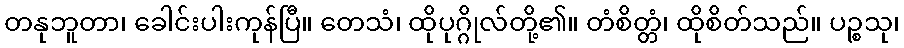
တနုဘူတာ၊ ခေါင်းပါးကုန်ပြီ။ တေသံ၊ ထိုပုဂ္ဂိုလ်တို့၏။ တံစိတ္တံ၊ ထိုစိတ်သည်။ ပဉ္စသု၊